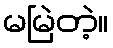
မမြဲတဲ့။